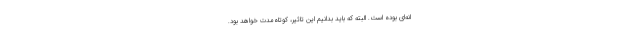
انه‌ای بوده است. البته که باید بدانیم این تاثیر، کوتاه‌مدت خواهد بود.